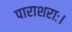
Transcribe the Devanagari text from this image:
पाराशराः।